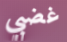
غضبي